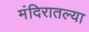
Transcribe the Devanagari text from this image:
मंदिरातल्या